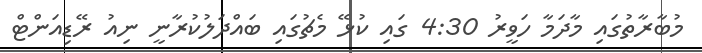
މުބާރާތުގައި މާދަމާ ހަވީރު 4:30 ގައި ކުޅޭ މެޗުގައި ބައްދަލުކުރާނީ ނިއު ރޭޑިއަންޓް